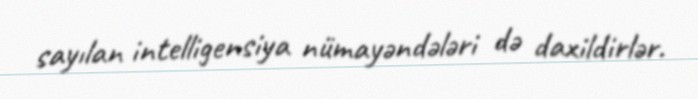
sayılan intelligensiya nümayəndələri də daxildirlər.